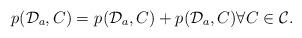
LaTeX: \begin{align*}p_{}(\mathcal{D}_a,C)=p_{}(\mathcal{D}_a,C)+p_{}(\mathcal{D}_a,C) \forall C\in \mathcal{C}.\end{align*}